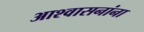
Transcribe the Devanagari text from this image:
आश्वासनांना